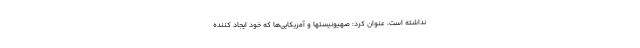
نداشته است، عنوان کرد: صهیونیستها و آمریکایی‌ها که خود ایجاد کننده